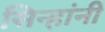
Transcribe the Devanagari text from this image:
सिन्हांनी